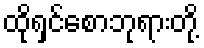
ထိုရှင်စောဘုရားတို့